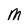
Character: m